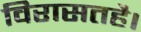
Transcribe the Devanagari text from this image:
विरासतहै।